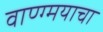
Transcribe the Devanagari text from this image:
वाण्ग्मयाचा